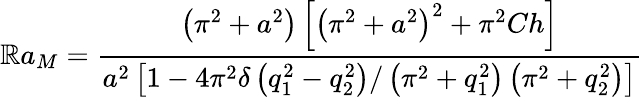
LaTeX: \mathbb{R}a_{M}=\frac{{\left(\pi^{2}+a^{2}\right)\left[\left(\pi^{2}+a^{2}\right)^{2}+\pi^{2}Ch\right]}}{{a^{2}\left[1-4\pi^{2}\delta\left(q_{1}^{2}-q_{2}^{2}\right)/\left(\pi^{2}+q_{1}^{2}\right)\left(\pi^{2}+q_{2}^{2}\right)\right]}}